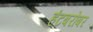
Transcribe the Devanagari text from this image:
हंटबरोबर